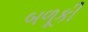
બળૂકી